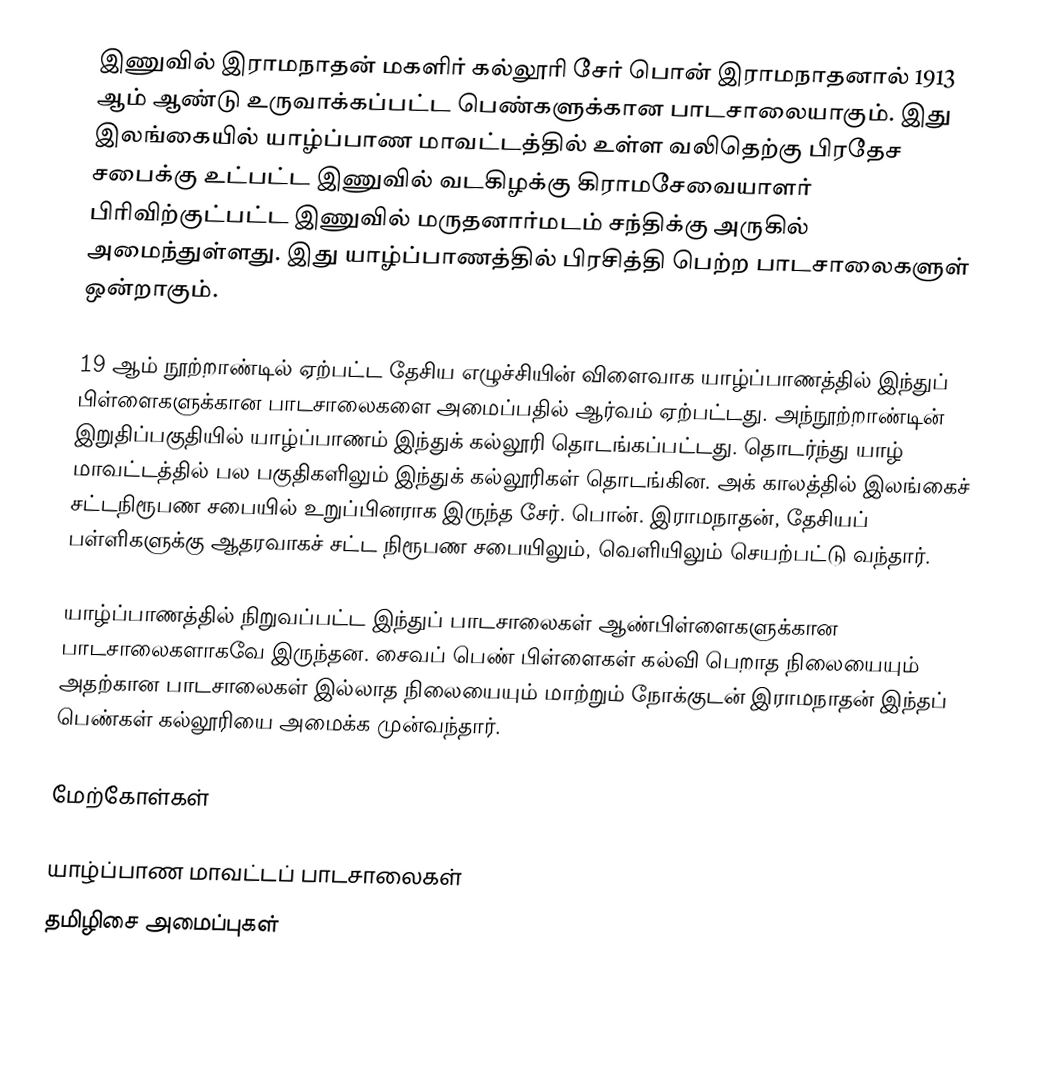
இணுவில் இராமநாதன் மகளிர் கல்லூரி சேர் பொன் இராமநாதனால் 1913 ஆம் ஆண்டு உருவாக்கப்பட்ட பெண்களுக்கான பாடசாலையாகும். இது இலங்கையில் யாழ்ப்பாண மாவட்டத்தில் உள்ள வலிதெற்கு பிரதேச சபைக்கு உட்பட்ட இணுவில் வடகிழக்கு கிராமசேவையாளர் பிரிவிற்குட்பட்ட இணுவில் மருதனார்மடம் சந்திக்கு அருகில் அமைந்துள்ளது. இது யாழ்ப்பாணத்தில் பிரசித்தி பெற்ற பாடசாலைகளுள் ஒன்றாகும்.

19 ஆம் நூற்றாண்டில் ஏற்பட்ட தேசிய எழுச்சியின் விளைவாக யாழ்ப்பாணத்தில் இந்துப் பிள்ளைகளுக்கான பாடசாலைகளை அமைப்பதில் ஆர்வம் ஏற்பட்டது. அந்நூற்றாண்டின் இறுதிப்பகுதியில் யாழ்ப்பாணம் இந்துக் கல்லூரி தொடங்கப்பட்டது. தொடர்ந்து யாழ் மாவட்டத்தில் பல பகுதிகளிலும் இந்துக் கல்லூரிகள் தொடங்கின. அக் காலத்தில் இலங்கைச் சட்டநிரூபண சபையில் உறுப்பினராக இருந்த சேர். பொன். இராமநாதன், தேசியப் பள்ளிகளுக்கு ஆதரவாகச் சட்ட நிரூபண சபையிலும், வெளியிலும் செயற்பட்டு வந்தார்.

யாழ்ப்பாணத்தில் நிறுவப்பட்ட இந்துப் பாடசாலைகள் ஆண்பிள்ளைகளுக்கான பாடசாலைகளாகவே இருந்தன. சைவப் பெண் பிள்ளைகள் கல்வி பெறாத நிலையையும் அதற்கான பாடசாலைகள் இல்லாத நிலையையும் மாற்றும் நோக்குடன் இராமநாதன் இந்தப் பெண்கள் கல்லூரியை அமைக்க முன்வந்தார்.

மேற்கோள்கள்

யாழ்ப்பாண மாவட்டப் பாடசாலைகள்
தமிழிசை அமைப்புகள்